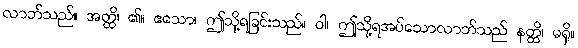
လာဘ်သည်။ အတ္ထိ၊ ၏။ ဧသော၊ ဤသို့ရခြင်းသည်။ ဝါ၊ ဤသို့ရအပ်သောလာဘ်သည် နတ္ထိ၊ မရှိ။